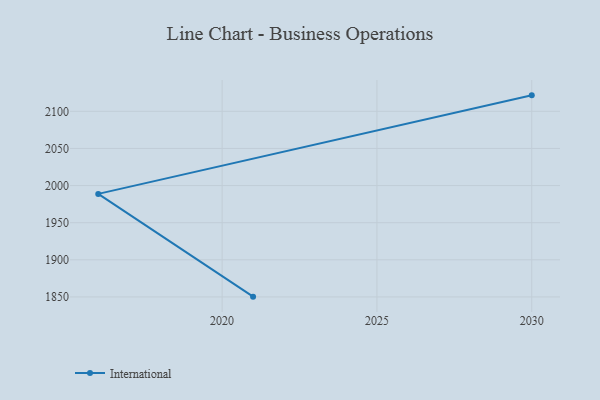
{"axis": {"x": "Year", "y": "Headcount"}, "legend": ["International"], "data": [{"x": "2030", "y": 2121.5, "type": "International"}, {"x": "2016", "y": 1988.8, "type": "International"}, {"x": "2021", "y": 1850.4, "type": "International"}]}